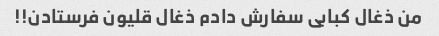
من ذغال کبابى سفارش دادم ذغال قلیون فرستادن!!